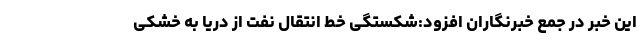
این خبر در جمع خبرنگاران افزود:شکستگی خط انتقال نفت از دریا به خشکی